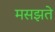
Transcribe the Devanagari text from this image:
मसझते